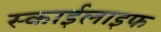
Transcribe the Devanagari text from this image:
स्काईलाइफ